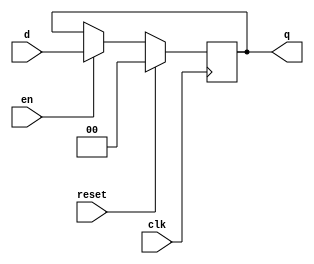
module flip_flop_1(input clk,input reset,input en,input [1:0] d,output reg [1:0] q);
    always @(posedge clk) begin
    if(reset) q<=0;
    else begin
		if(en) q <= d;
		end
	end
endmodule